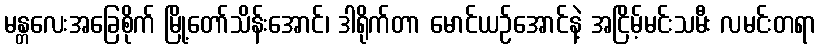
မန္တလေးအခြေစိုက် မြို့တော်သိန်းအောင်၊ ဒါရိုက်တာ မောင်ယဉ်အောင်နဲ့ အငြိမ့်မင်းသမီး လမင်းတရာ